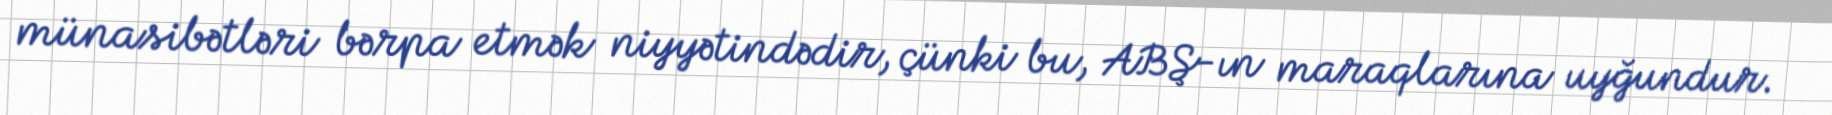
münasibətləri bərpa etmək niyyətindədir, çünki bu, ABŞ-ın maraqlarına uyğundur.